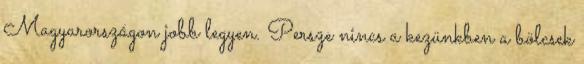
Magyarországon jobb legyen. Persze nincs a kezünkben a bölcsek